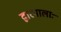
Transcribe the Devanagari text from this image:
द्वारपालाः